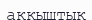
аққыштық